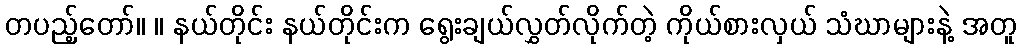
တပည့်တော်။ ။ နယ်တိုင်း နယ်တိုင်းက ရွေးချယ်လွှတ်လိုက်တဲ့ ကိုယ်စားလှယ် သံဃာများနဲ့ အတူ